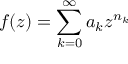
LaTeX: f ( z ) = \sum _ { k = 0 } ^ { \infty } a _ { k } z ^ { n _ { k } }